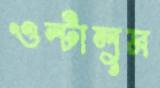
ওল্‌টালুম